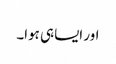
اور ایسا ہی ہوا۔